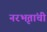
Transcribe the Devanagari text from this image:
नरभृतांची